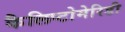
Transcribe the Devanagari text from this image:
कैलिप्टोमेरिडी